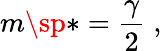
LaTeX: m\sp*={\frac{\gamma}{2}}\; ,